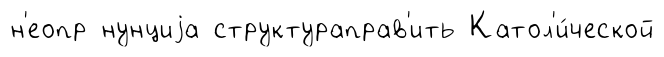
н'еопр нунциjа структураправ'ить Катол'и́ческой